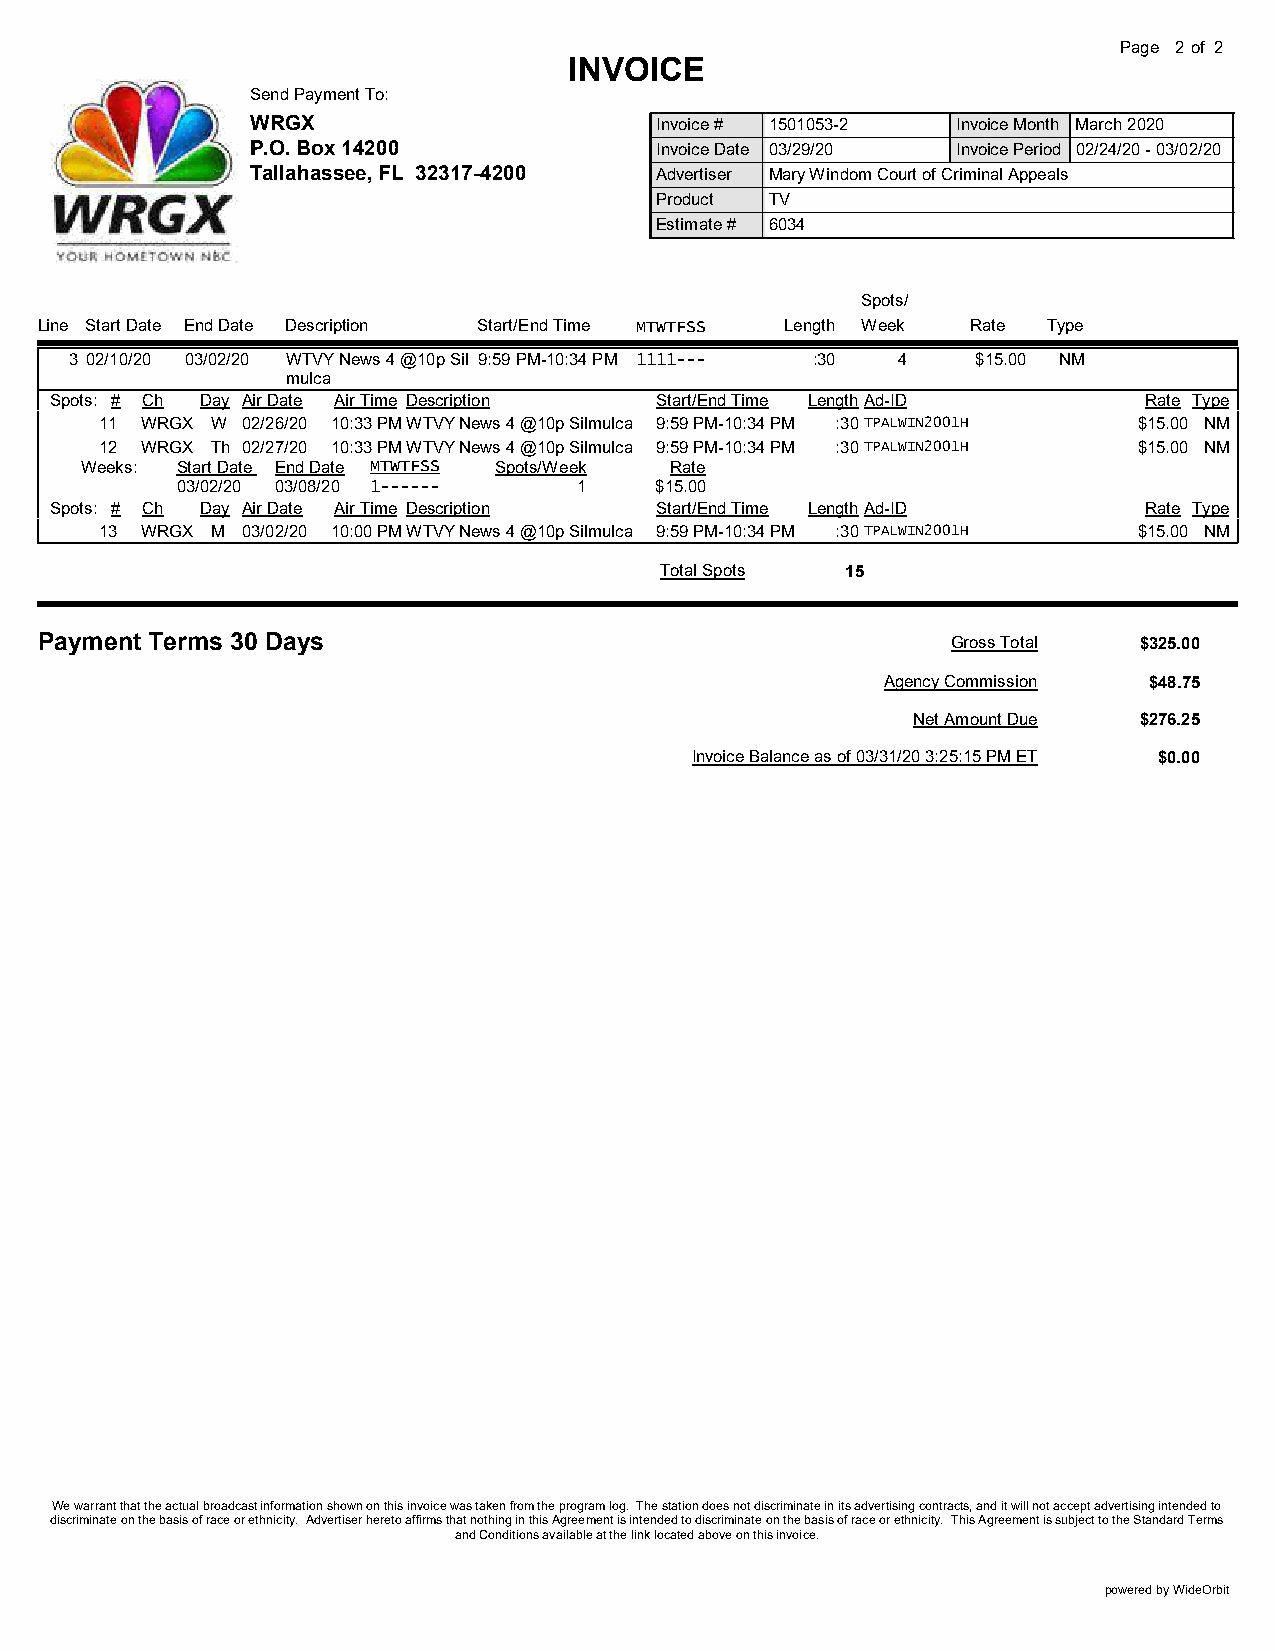
Page 2of 2
 INVOICE
 Send Payment To:
 WRGX                      Invoice # 1501053-2 Invoice Month March 2020
 P.O. Box 14200            Invoice Date 03/29/20 Invoice Period 02/24/20 - 03/02/20
 Tallahassee, FL 32317-4200 Advertiser Mary Windom Court of Criminal Appeals
 Product TV
 Estimate # 6034
 Spots/
 Line Start Date End Date Description Start/End Time MTWTFSS Length Week Rate Type
 3 02/10/20 03/02/20 WTVY News 4 @10p Sil 9:59 PM-10:34 PM 1111--- :30 4 $15.00 NM
 mulca
 Spots: # Ch Day Air Date Air Time Description Start/End Time LengthAd-ID Rate Type
 11 WRGX W 02/26/20 10:33 PMWTVY News 4 @10p Silmulca 9:59 PM-10:34 PM :30TPALWIN2001H $15.00 NM
 12 WRGX Th 02/27/20 10:33 PMWTVY News 4 @10p Silmulca 9:59 PM-10:34 PM :30TPALWIN2001H $15.00 NM
 Weeks: Start Date End Date MTWTFSS Spots/Week Rate
 03/02/20 03/08/20 1------ 1    $15.00
 Spots: # Ch Day Air Date Air Time Description Start/End Time LengthAd-ID Rate Type
 13 WRGX M 03/02/20 10:00 PMWTVY News 4 @10p Silmulca 9:59 PM-10:34 PM :30TPALWIN2001H $15.00 NM
 Total Spots 15
 Payment Terms 30 Days                                        Gross Total $325.00
 Agency Commission $48.75
 Net Amount Due $276.25
 Invoice Balance as of 03/31/20 3:25:15 PM ET $0.00
 We warrant that the actual broadcast information shown on this invoice was taken from the program log. The station does not discriminate in its advertising contracts, and it will not accept advertising intended to
 discriminate on the basis of race or ethnicity. Advertiser hereto affirms that nothing in this Agreement is intended to discriminate on the basis of race or ethnicity. This Agreement is subject to the Standard Terms
 and Conditions available at the link located above on this invoice.
 powered by WideOrbit